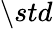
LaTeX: \setminus std